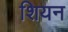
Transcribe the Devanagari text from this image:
शियन